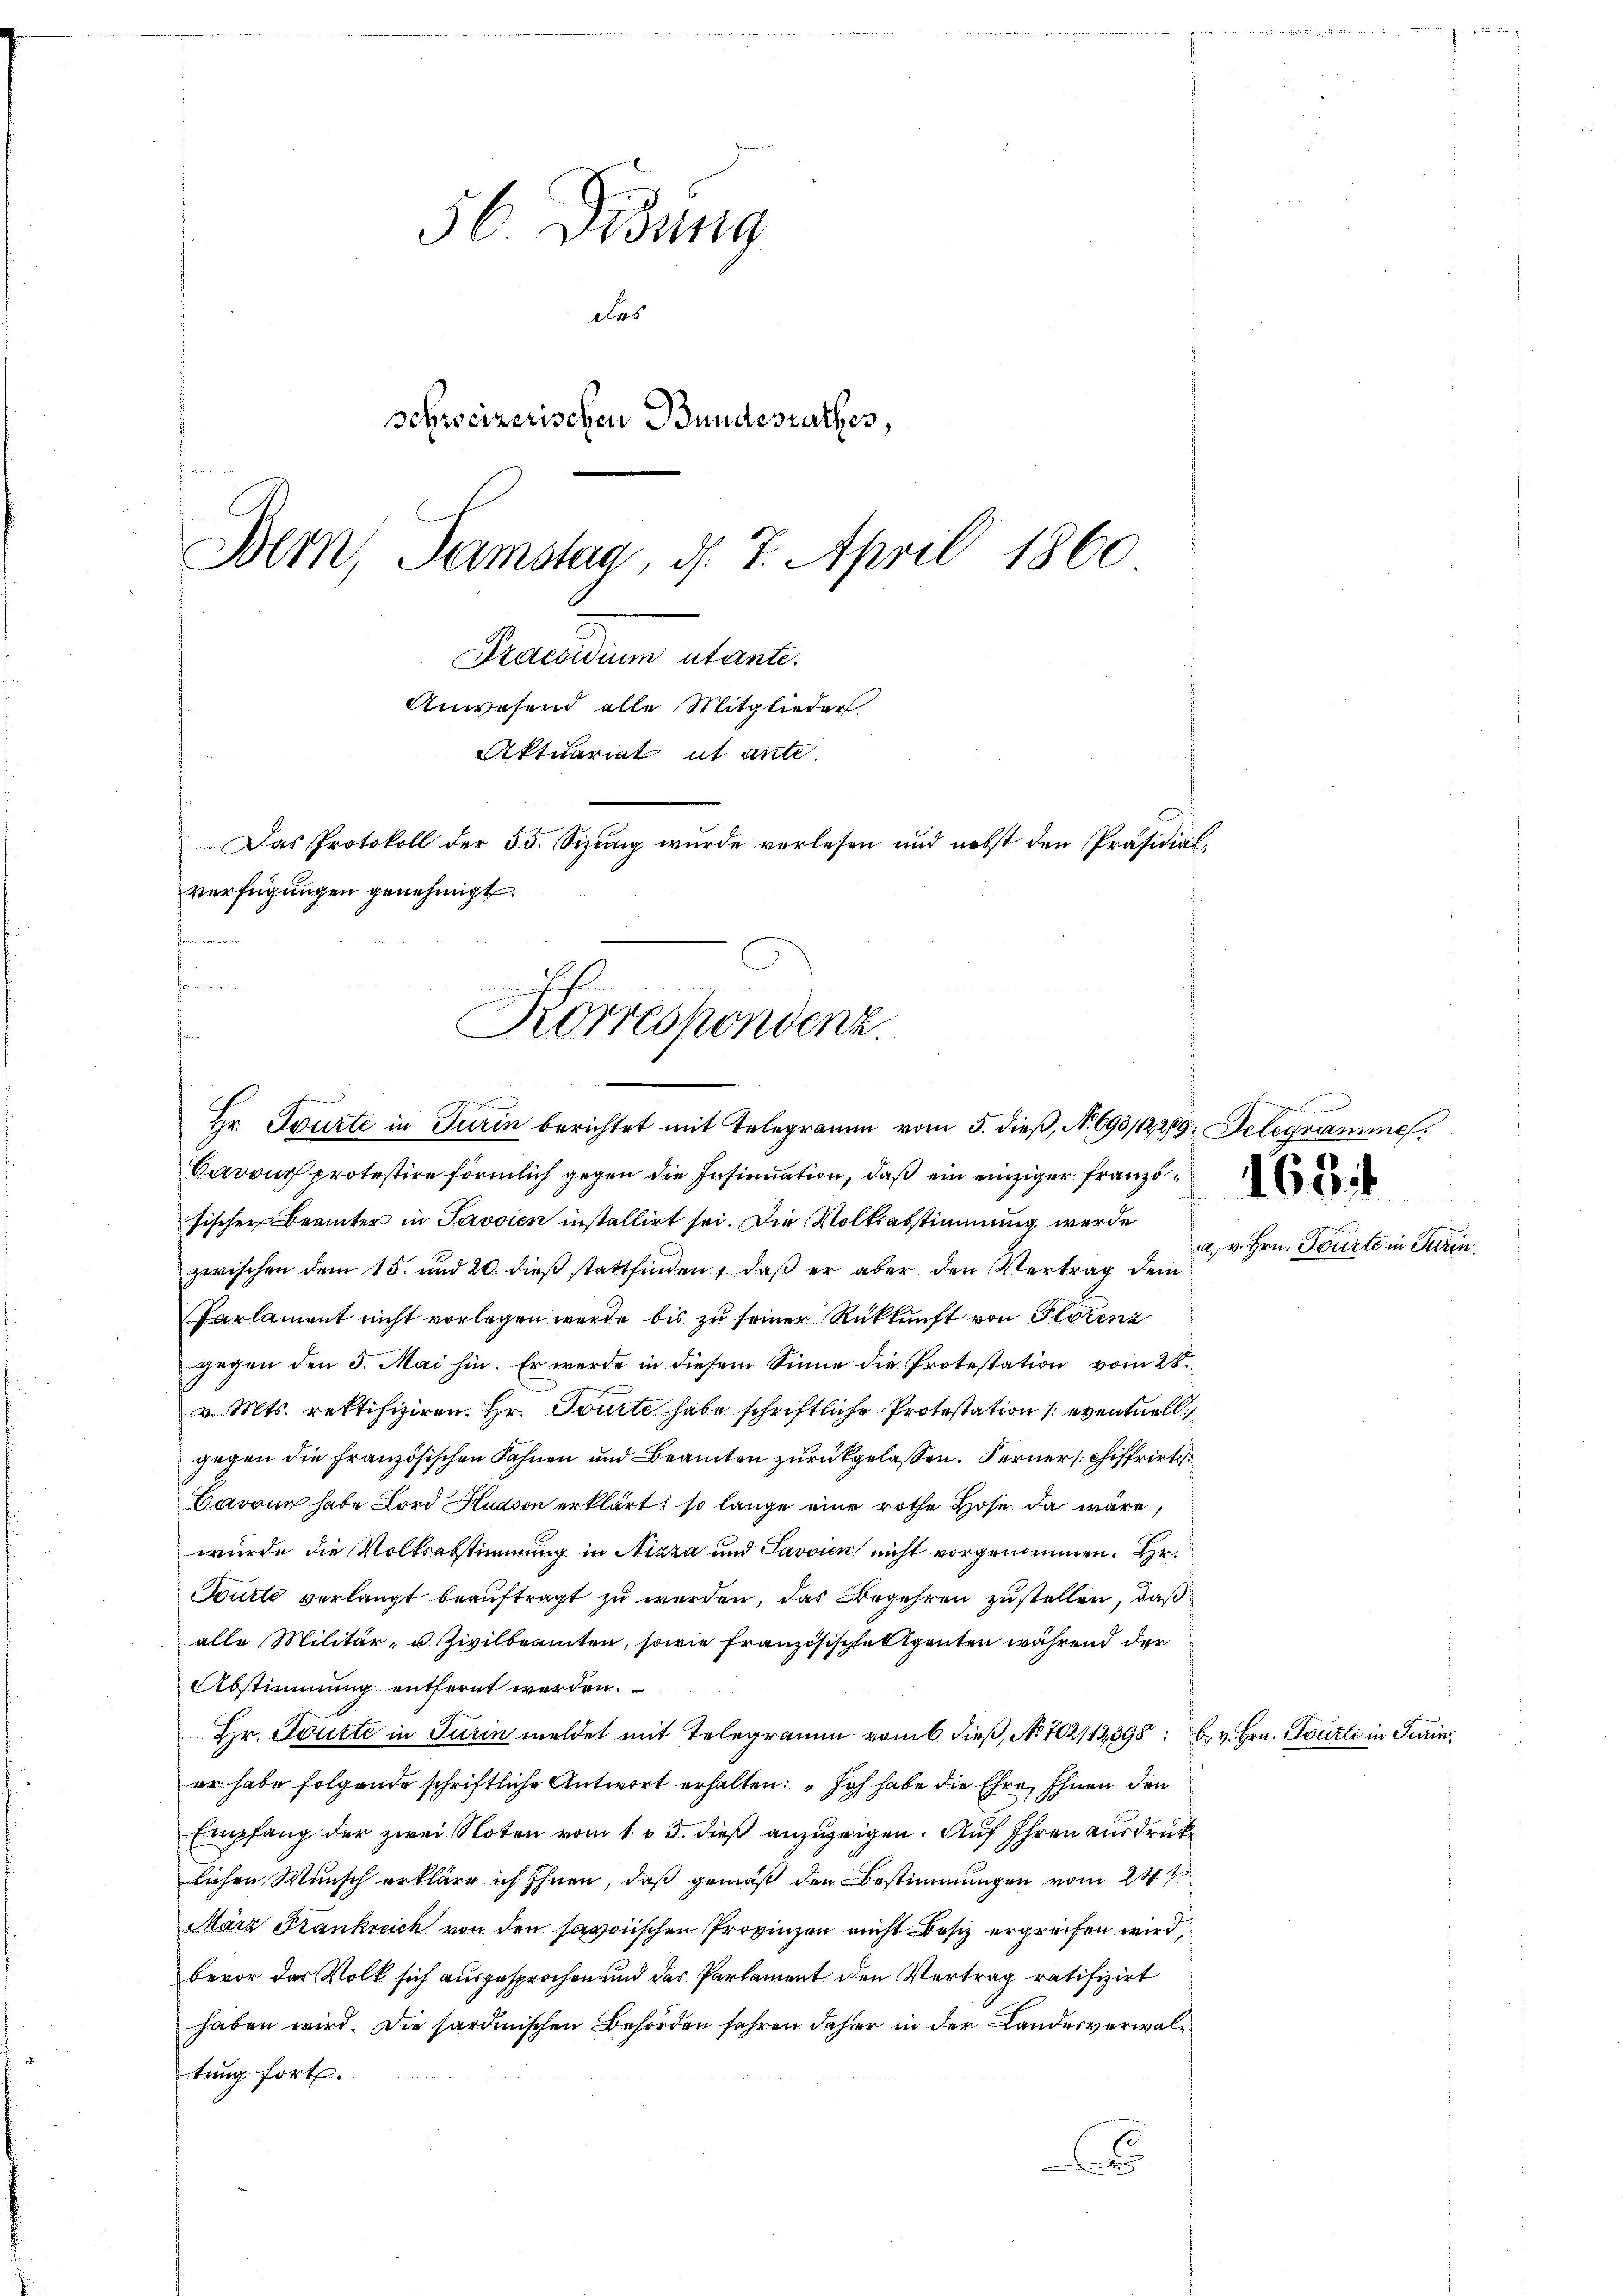
56 Didung
des
schweizerischen Bundesrathes,
Bern, Samstag, d. 7. April 1860
Praesidium utante.
Anwesend alle Mitglieder.
Aktuariat ut ante.
Das Protokoll der 55. Sizŭng wurde verlesen und nebst den Präsidial-
verfügungen genehmigt.

fang
Korrespondenz.
F
Hr. Tourte in Turin berichtet mit Telegramm vom 5. dieß, N. 693/12, 289: Der

Carruch protestire förmlich gegen die Insinuation, daß ein einziger französischer Beamter in Savoien installirt sei. Die Volksabstimmung werde
zwischen dem 15. und 20. dieß stattfinden, daß er aber den Vertrag dem
Parlament nicht vorlegen wurde bis zu seiner Rückkunft von Plotenz
gegen den 5. Mai hin. Er werde in diesem Sinne die Protestation vom 28.
v. Mts. rektifiziren. Hr. Tourte habe schriftliche Protestation eventuell
gegen die Französischen Fahnen und Beamten zurückgelassen. Ferner schiffrirt
Baronn habe Lord Hudson erklärt, so lange eine rothe Hose da wäre,
wurde die Volksabstimmung in Nizza und Savvien nicht vorgenommen. Hr.
Tourte verlangt beauftragt zu werden; das Begehren zustellen, daß
alle Militär- u. Zivilbeamten, sowie französischherigenten während der
Abstimmung entfernt werden.
Hr. Tourte in Turin meldet mit Telegramm vom 6. dieß, No 702112398. b. v. Hrn. Tourte in
er habe folgende schriftliche Antwort erhalten: „Ich habe die Ehre, Ihnen den
Empfang der zwei Noten vom 1. v. 5. dieß anzuzeigen. Auf Ihren ausdrüklichen Wunsch erkläre ich Ihnen, daß gemäß den Bestimmungen vom 24ten
März Frankreich von den savoischen Provinzen nicht Besiz ergreifen wird,
bevor das Volk sich ausgesprochen und das Parlament den Vertrag ratifizirt
haben wird. Die sardinischen Behörden fahren daher in der Landesverwaltung fort.
A

e v. J

1634

sme

Tourte in Turin.

Seereni